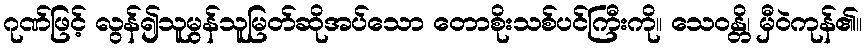
ဂုဏ်ဖြင့် လွန်၍သူမွန်သူမြတ်ဆိုအပ်သော တောစိုးသစ်ပင်ကြီးကို။ သေဝန္တိ၊ မှီဝဲကုန်၏။